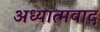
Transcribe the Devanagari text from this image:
अध्‍यात्‍मवाद